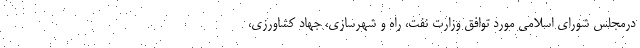
درمجلس شورای اسلامی مورد توافق وزارت نفت، راه و شهرسازی، جهاد کشاورزی،